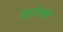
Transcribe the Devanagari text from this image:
योनीसको